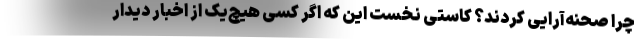
چرا صحنه‌آرایی کردند؟ کاستی نخست این که اگر کسی هیچ‌یک از اخبار دیدار